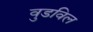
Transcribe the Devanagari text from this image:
वुडविल